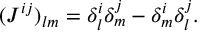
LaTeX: ( J ^ { i j } ) _ { l m } = \delta _ { l } ^ { i } \delta _ { m } ^ { j } - \delta _ { m } ^ { i } \delta _ { l } ^ { j } .